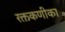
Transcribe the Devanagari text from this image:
रक्तकणीका